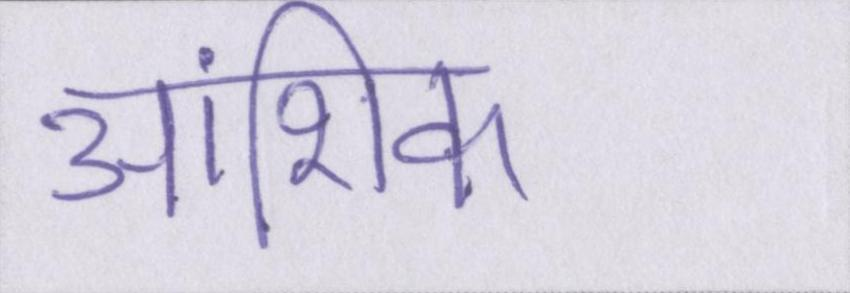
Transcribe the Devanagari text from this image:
आंशिक